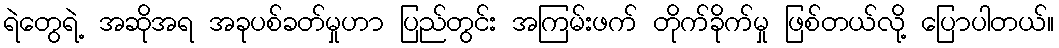
ရဲတွေရဲ့ အဆိုအရ အခုပစ်ခတ်မှုဟာ ပြည်တွင်း အကြမ်းဖက် တိုက်ခိုက်မှု ဖြစ်တယ်လို့ ပြောပါတယ်။